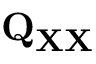
\mathbf { Q } _ { \mathbf { X X } }